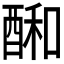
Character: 𮠱